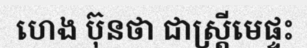
ហេង ប៊ុនថា ជាស្ត្រីមេផ្ទះ